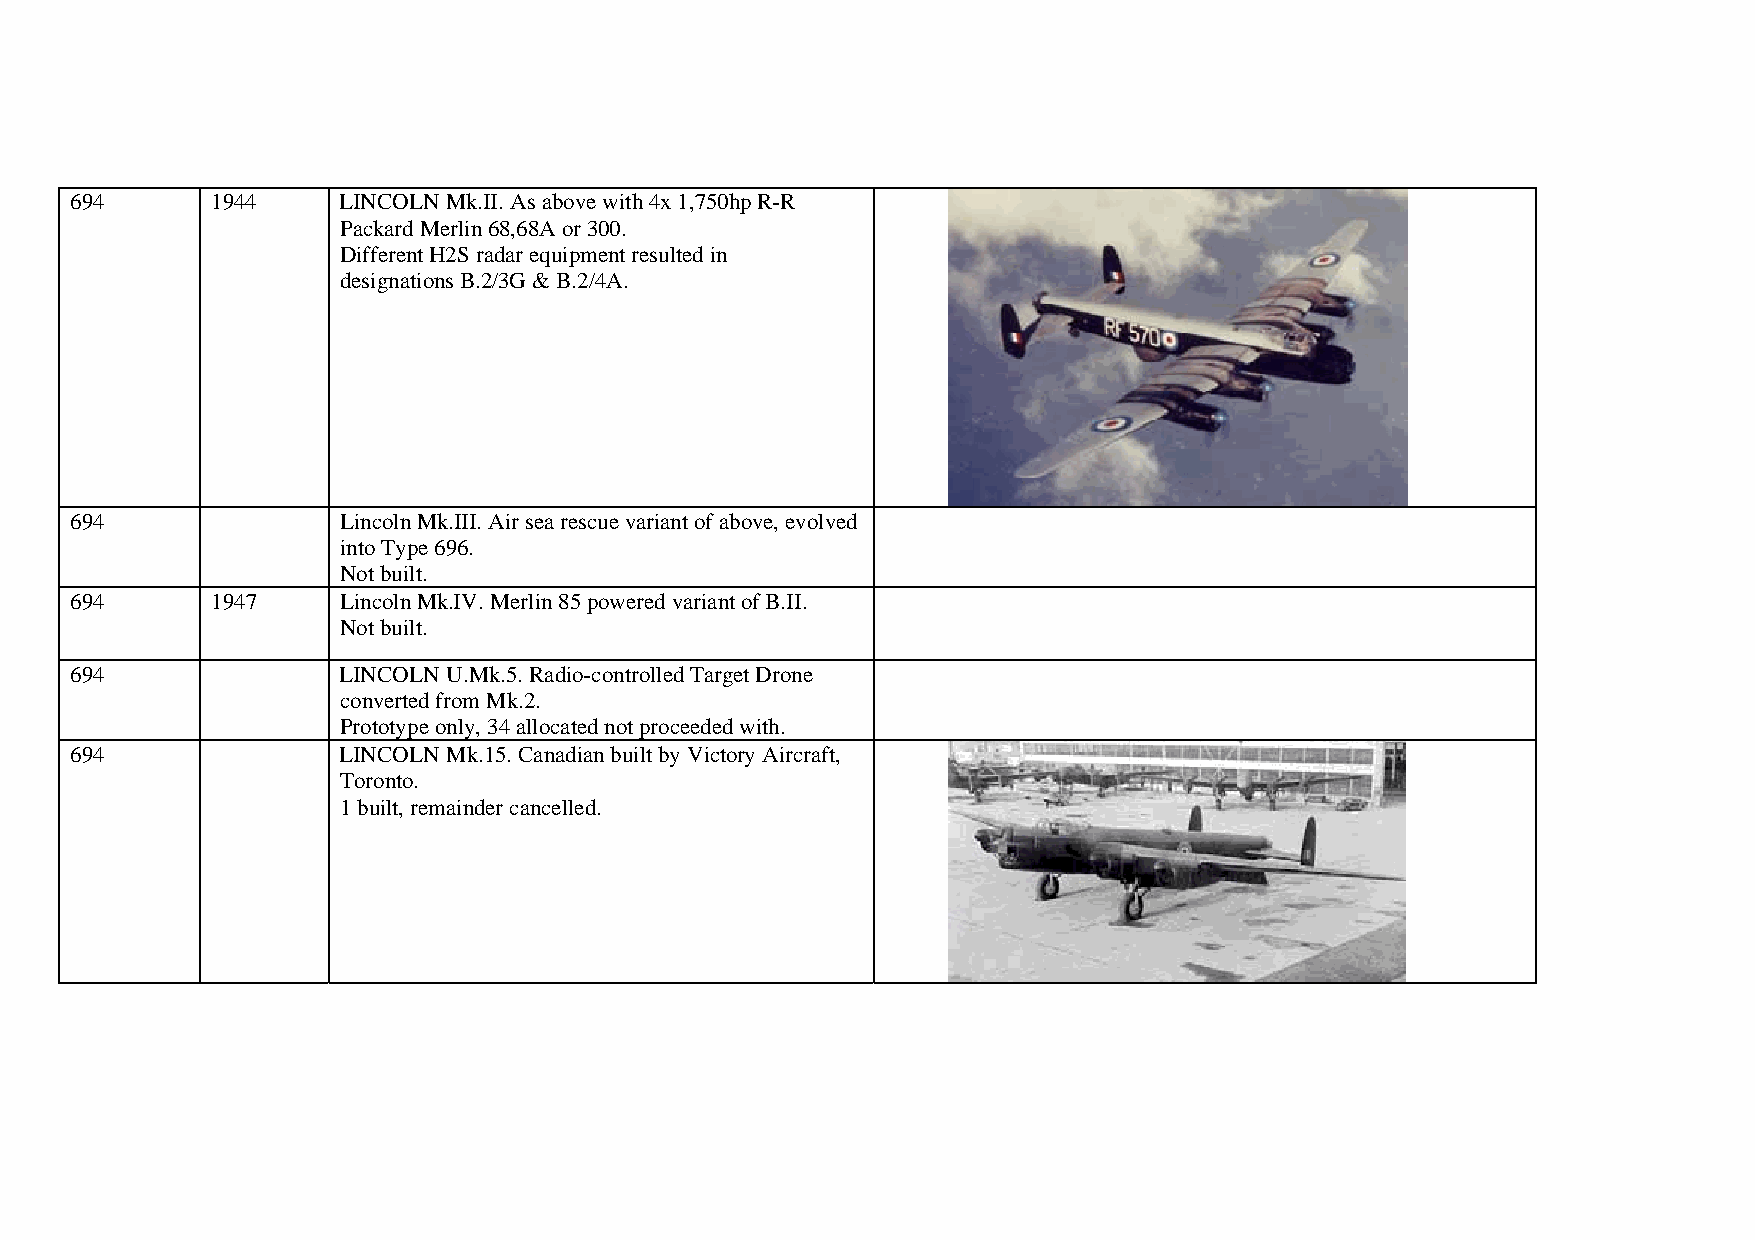
694      1944    LINCOLN Mk.II. As above with 4x 1,750hp R-R
 Packard Merlin 68,68A or 300.
 Different H2S radar equipment resulted in
 designations B.2/3G & B.2/4A.
 694              Lincoln Mk.III. Air sea rescue variant of above, evolved
 into Type 696.
 Not built.
 694      1947    Lincoln Mk.IV. Merlin 85 powered variant of B.II.
 Not built.
 694              LINCOLN U.Mk.5. Radio-controlled Target Drone
 converted from Mk.2.
 Prototype only, 34 allocated not proceeded with.
 694              LINCOLN Mk.15. Canadian built by Victory Aircraft,
 Toronto.
 1 built, remainder cancelled.